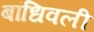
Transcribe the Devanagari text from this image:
बांधिवली